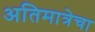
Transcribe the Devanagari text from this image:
अतिमात्रेचा